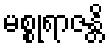
မစ္စုရာဇန္တိ